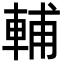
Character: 輔